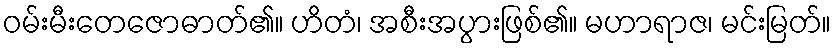
ဝမ်းမီးတေဇောဓာတ်၏။ ဟိတံ၊ အစီးအပွားဖြစ်၏။ မဟာရာဇ၊ မင်းမြတ်။